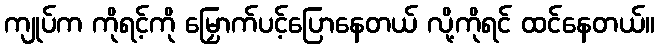
ကျုပ်က ကိုရင့်ကို မြှောက်ပင့်ပြောနေတယ် လို့ကိုရင် ထင်နေတယ်။